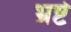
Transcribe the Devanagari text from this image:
भ्रष्टे